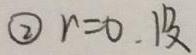
\textcircled{2} $r = 0.13$